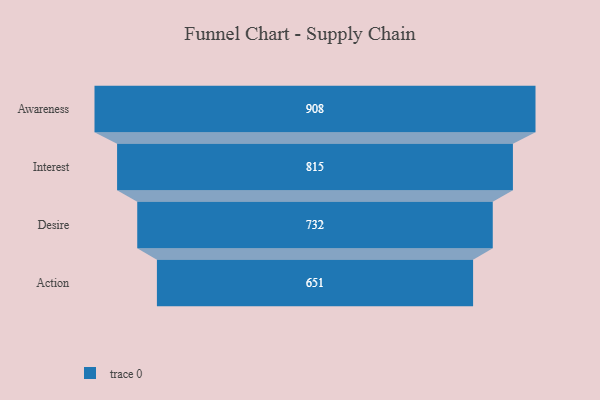
{"axis": {"x": "Stage", "y": "Value"}, "legend": [""], "data": [{"x": "Awareness", "y": 908.0, "type": ""}, {"x": "Interest", "y": 815.0, "type": ""}, {"x": "Desire", "y": 732.0, "type": ""}, {"x": "Action", "y": 651.0, "type": ""}]}